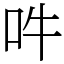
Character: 吽